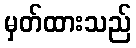
မှတ်ထားသည်